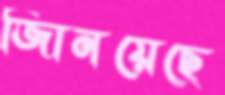
জািনয়েছে